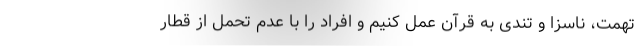
تهمت، ناسزا و تندی به قرآن عمل کنیم و افراد را با عدم تحمل از قطار